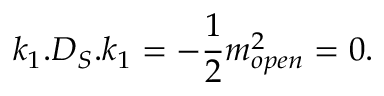
k _ { 1 } . D _ { S } . k _ { 1 } = - { \frac { 1 } { 2 } } m _ { o p e n } ^ { 2 } = 0 .